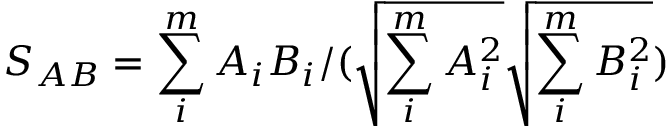
S _ { A B } = \sum _ { i } ^ { m } A _ { i } B _ { i } / ( \sqrt { \sum _ { i } ^ { m } A _ { i } ^ { 2 } } \sqrt { \sum _ { i } ^ { m } B _ { i } ^ { 2 } } )